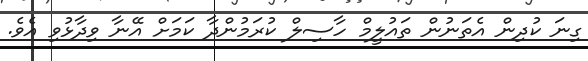
ގިނަ ކުދިން އެތަނުން ތައުލީމް ހާސިލް ކުރަމުންދާ ކަމަށް އޭނާ ވިދާޅުވި އެވެ.